Leprosy in India: report of the Leprosy Commission in India, 1890-91
Year: 1890
Disease focus: Leprosy
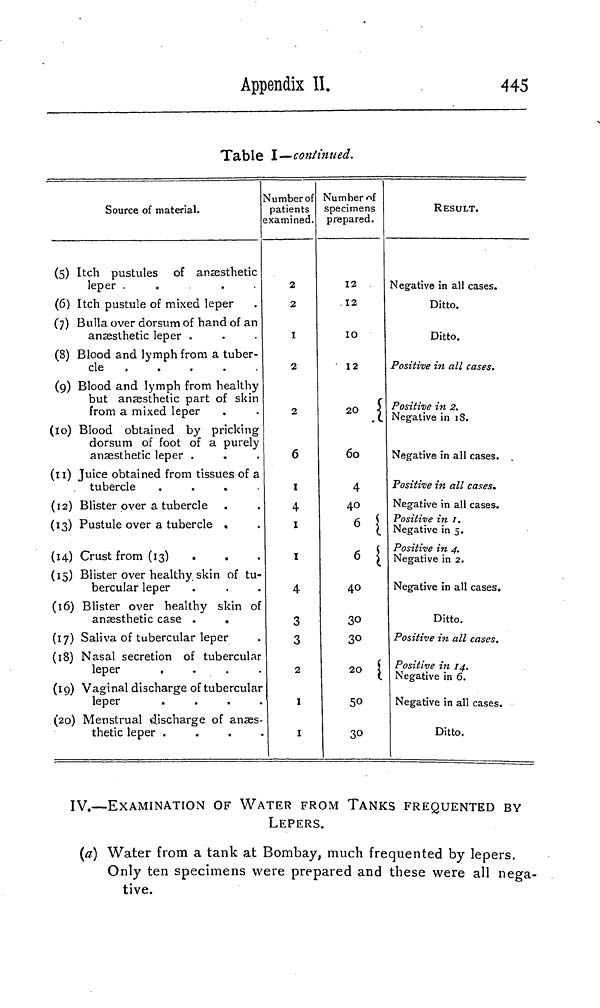
Appendix II.
445
Table I—continued.
(5)
(6)
(7)
(8)
(9)
(10)
(11)
(12)
(13)
(H)
(15)
(16)
(17)
(18)
(19)
(20)
Source of material.
Itch pustules of anaesthetic
leper .
.
Itch pustule of mixed leper
Bulla over dorsum of hand of an
anaesthetic leper .
Blood and lymph from a tuber-
cle
.....
Blood and lymph from healthy
but anaesthetic part of skin
from a mixed leper
Blood obtained by pricking
dorsum of foot of a purely
anaesthetic leper .
Juice obtained from tissues of a
tubercle
....
Blister over a tubercle
Pustule over a tubercle .
Crust from (13)
Blister over healthy skin of tu-
bercular leper
Blister over healthy skin of
anaesthetic case .
.
Saliva of tubercular leper
Nasal secretion of tubercular
leper
....
Vaginal discharge of tubercular
leper
.
Menstrual discharge of anæs-
thetic leper .
Number of
patients
examined.
2
2
I
2
2
6
1
4
1
1
4
3
3
2
1
1
Number of
specimens
RESULT.
prepared.
12
12
10
12
20
60
4
40
6
6
40
30
30
20
50
30
Negative in all cases.
Ditto.
Ditto.
Positive in all cases.
Positive in 2.
Negative in 18.
Negative in all cases.
Positive in all cases.
Negative in all cases.
Positive in 1.
Negative in 5.
Positive in 4.
Negative in 2.
Negative in all cases.
Ditto.
Positive in all cases.
Positive in 14.
Negative in 6.
Negative in all cases.
Ditto.
IV.—EXAMINATION OF WATER FROM TANKS FREQUENTED BY
LEPERS.
(a) Water from a tank at Bombay, much frequented by lepers.
Only ten specimens were prepared and these were all nega-
tive.